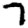
Digit: 7